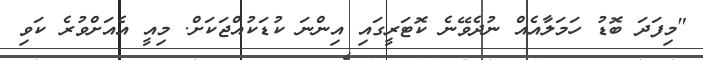
"މިފަދަ ބޮޑު ހަމަލާއެއް ނުދެވޭނެ ކޮޓަރީގައި އިންނަ ކުޑަކުއްޖަކަށް. މިއީ އެއަށްވުރެ ކަވި